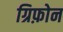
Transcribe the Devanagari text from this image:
ग्रिफ़ोन